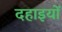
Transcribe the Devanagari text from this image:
दहाइयों